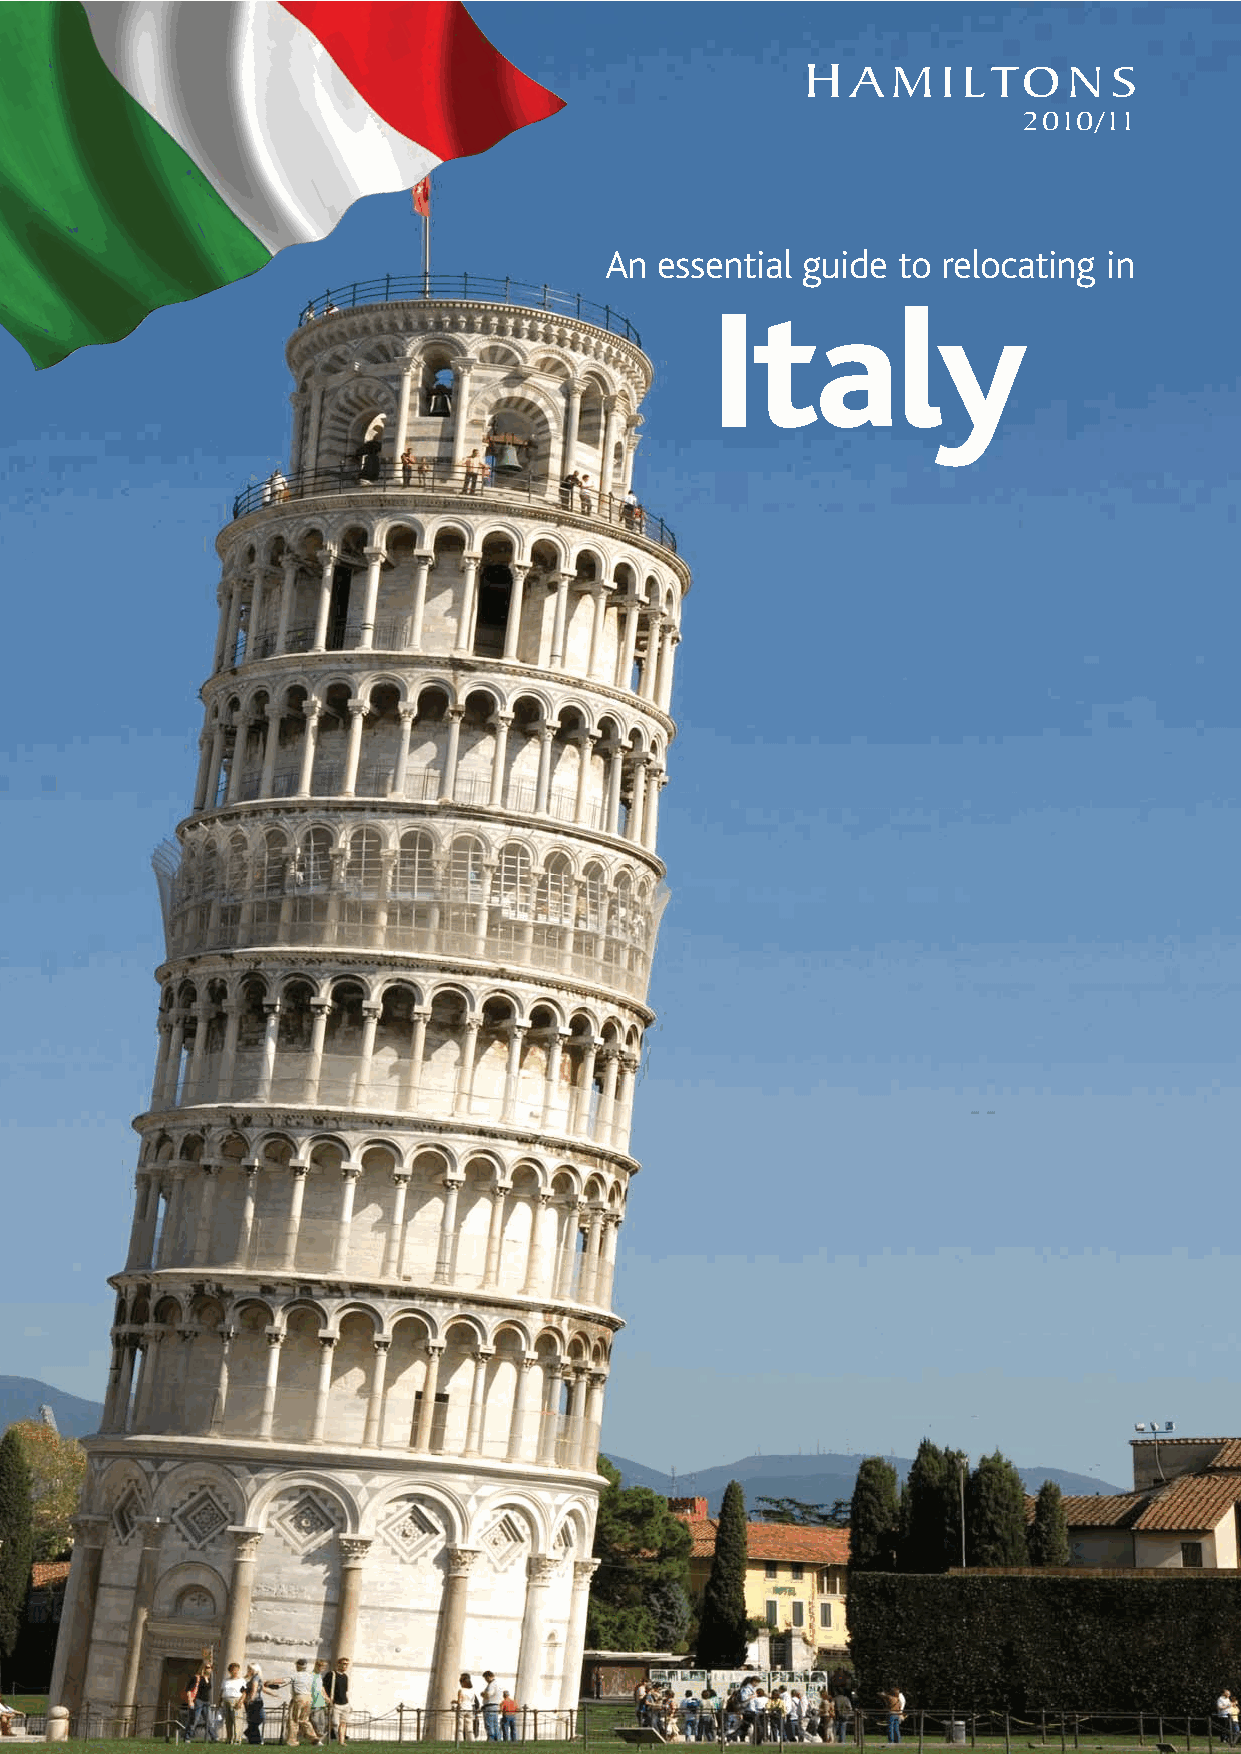
H  A  M  I LTO    N  S
 2010/11
 An  essential guide to relocating in
 Italy